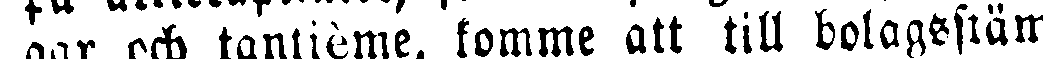
gar och tantième, komme att till bolagsstäm-